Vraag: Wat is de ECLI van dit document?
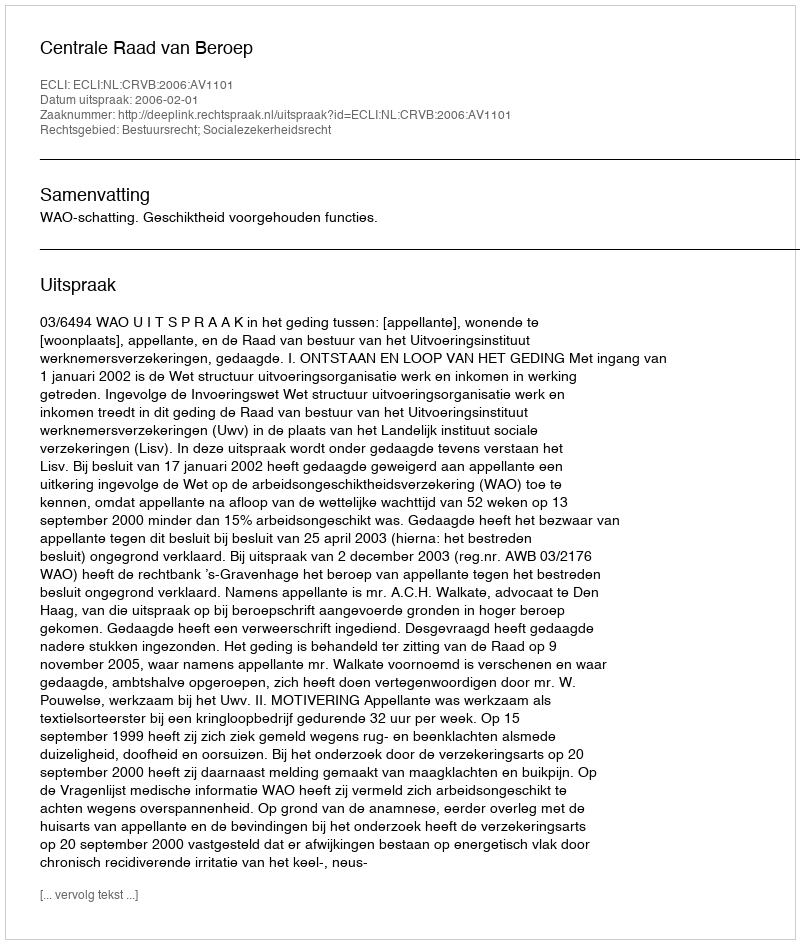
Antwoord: ECLI:NL:CRVB:2006:AV1101